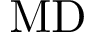
\mathrm { M D }